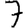
Digit: 7